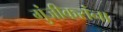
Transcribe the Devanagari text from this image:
गुंजीकरांना